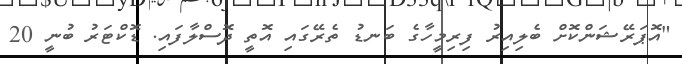
"އޮޕަރޭޝަންކޮށް ބެލިއިރު ފިރިމީހާގެ ބަނޑު ތެރޭގައި އޮތީ ދޮސްލާފައި. ޑޮކްޓަރު ބުނީ 20